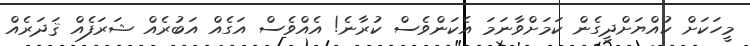
މީހަކަށް ކުއްޔަށްދީގެން ކަމަށްވާނަމަ އެކަންވެސް ކުރާނެ! އެއްވެސް އަގެއް އަބުރެއް ޝަރަފެއް ޤަދަރެއް